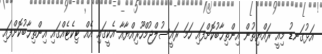
އަޅުގަނޑު މިއީ ރައްޔިތުން އިންތިޚާބުކޮށްފައި ހަމަ ރައީސުލްޖުމްހޫރިއްޔާއާ އެކީގައި އެއް ޓިކެޓެއްގައި އިންތިޚާބުކޮށްފައި